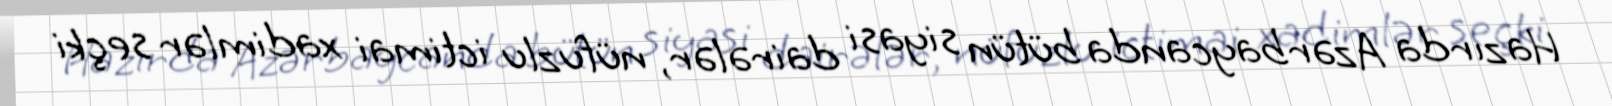
Hazırda Azərbaycanda bütün siyasi dairələr, nüfuzlu ictimai xadimlər seçki